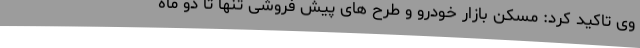
وی تاکید کرد: مسکن بازار خودرو و طرح های پیش فروشی تنها تا دو ماه